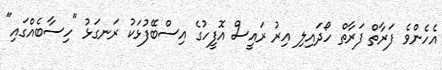
އެހެންވެ ފަރާތް ފަރާތް ހޯދައިލި އިރު ރައީސް އޮފީހުގެ އިސްބޭފުޅަކު ރަނގަޅު "ހިސާބެއްގައި"